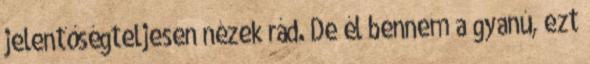
jelentőségteljesen nézek rád. De él bennem a gyanú, ezt